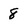
Character: 8